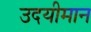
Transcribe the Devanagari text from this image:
उदयीमान